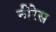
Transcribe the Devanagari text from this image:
नीरेस